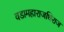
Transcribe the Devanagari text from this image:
वडामहाराजधिराज